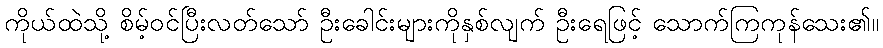
ကိုယ်ထဲသို့ စိမ့်ဝင်ပြီးလတ်သော် ဦးခေါင်းများကိုနှစ်လျက် ဦးရေဖြင့် သောက်ကြကုန်သေး၏။